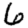
Digit: 6